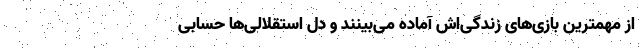
از مهمترین بازی‌های زندگی‌اش آماده می‌بینند و دل استقلالی‌ها حسابی